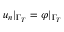
u _ { n } | _ { \Gamma _ { T } } = \varphi | _ { \Gamma _ { T } }